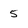
Character: 5